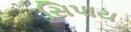
સિપાય